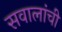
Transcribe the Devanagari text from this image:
सवालांची